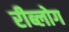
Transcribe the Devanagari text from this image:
रीब्लोग